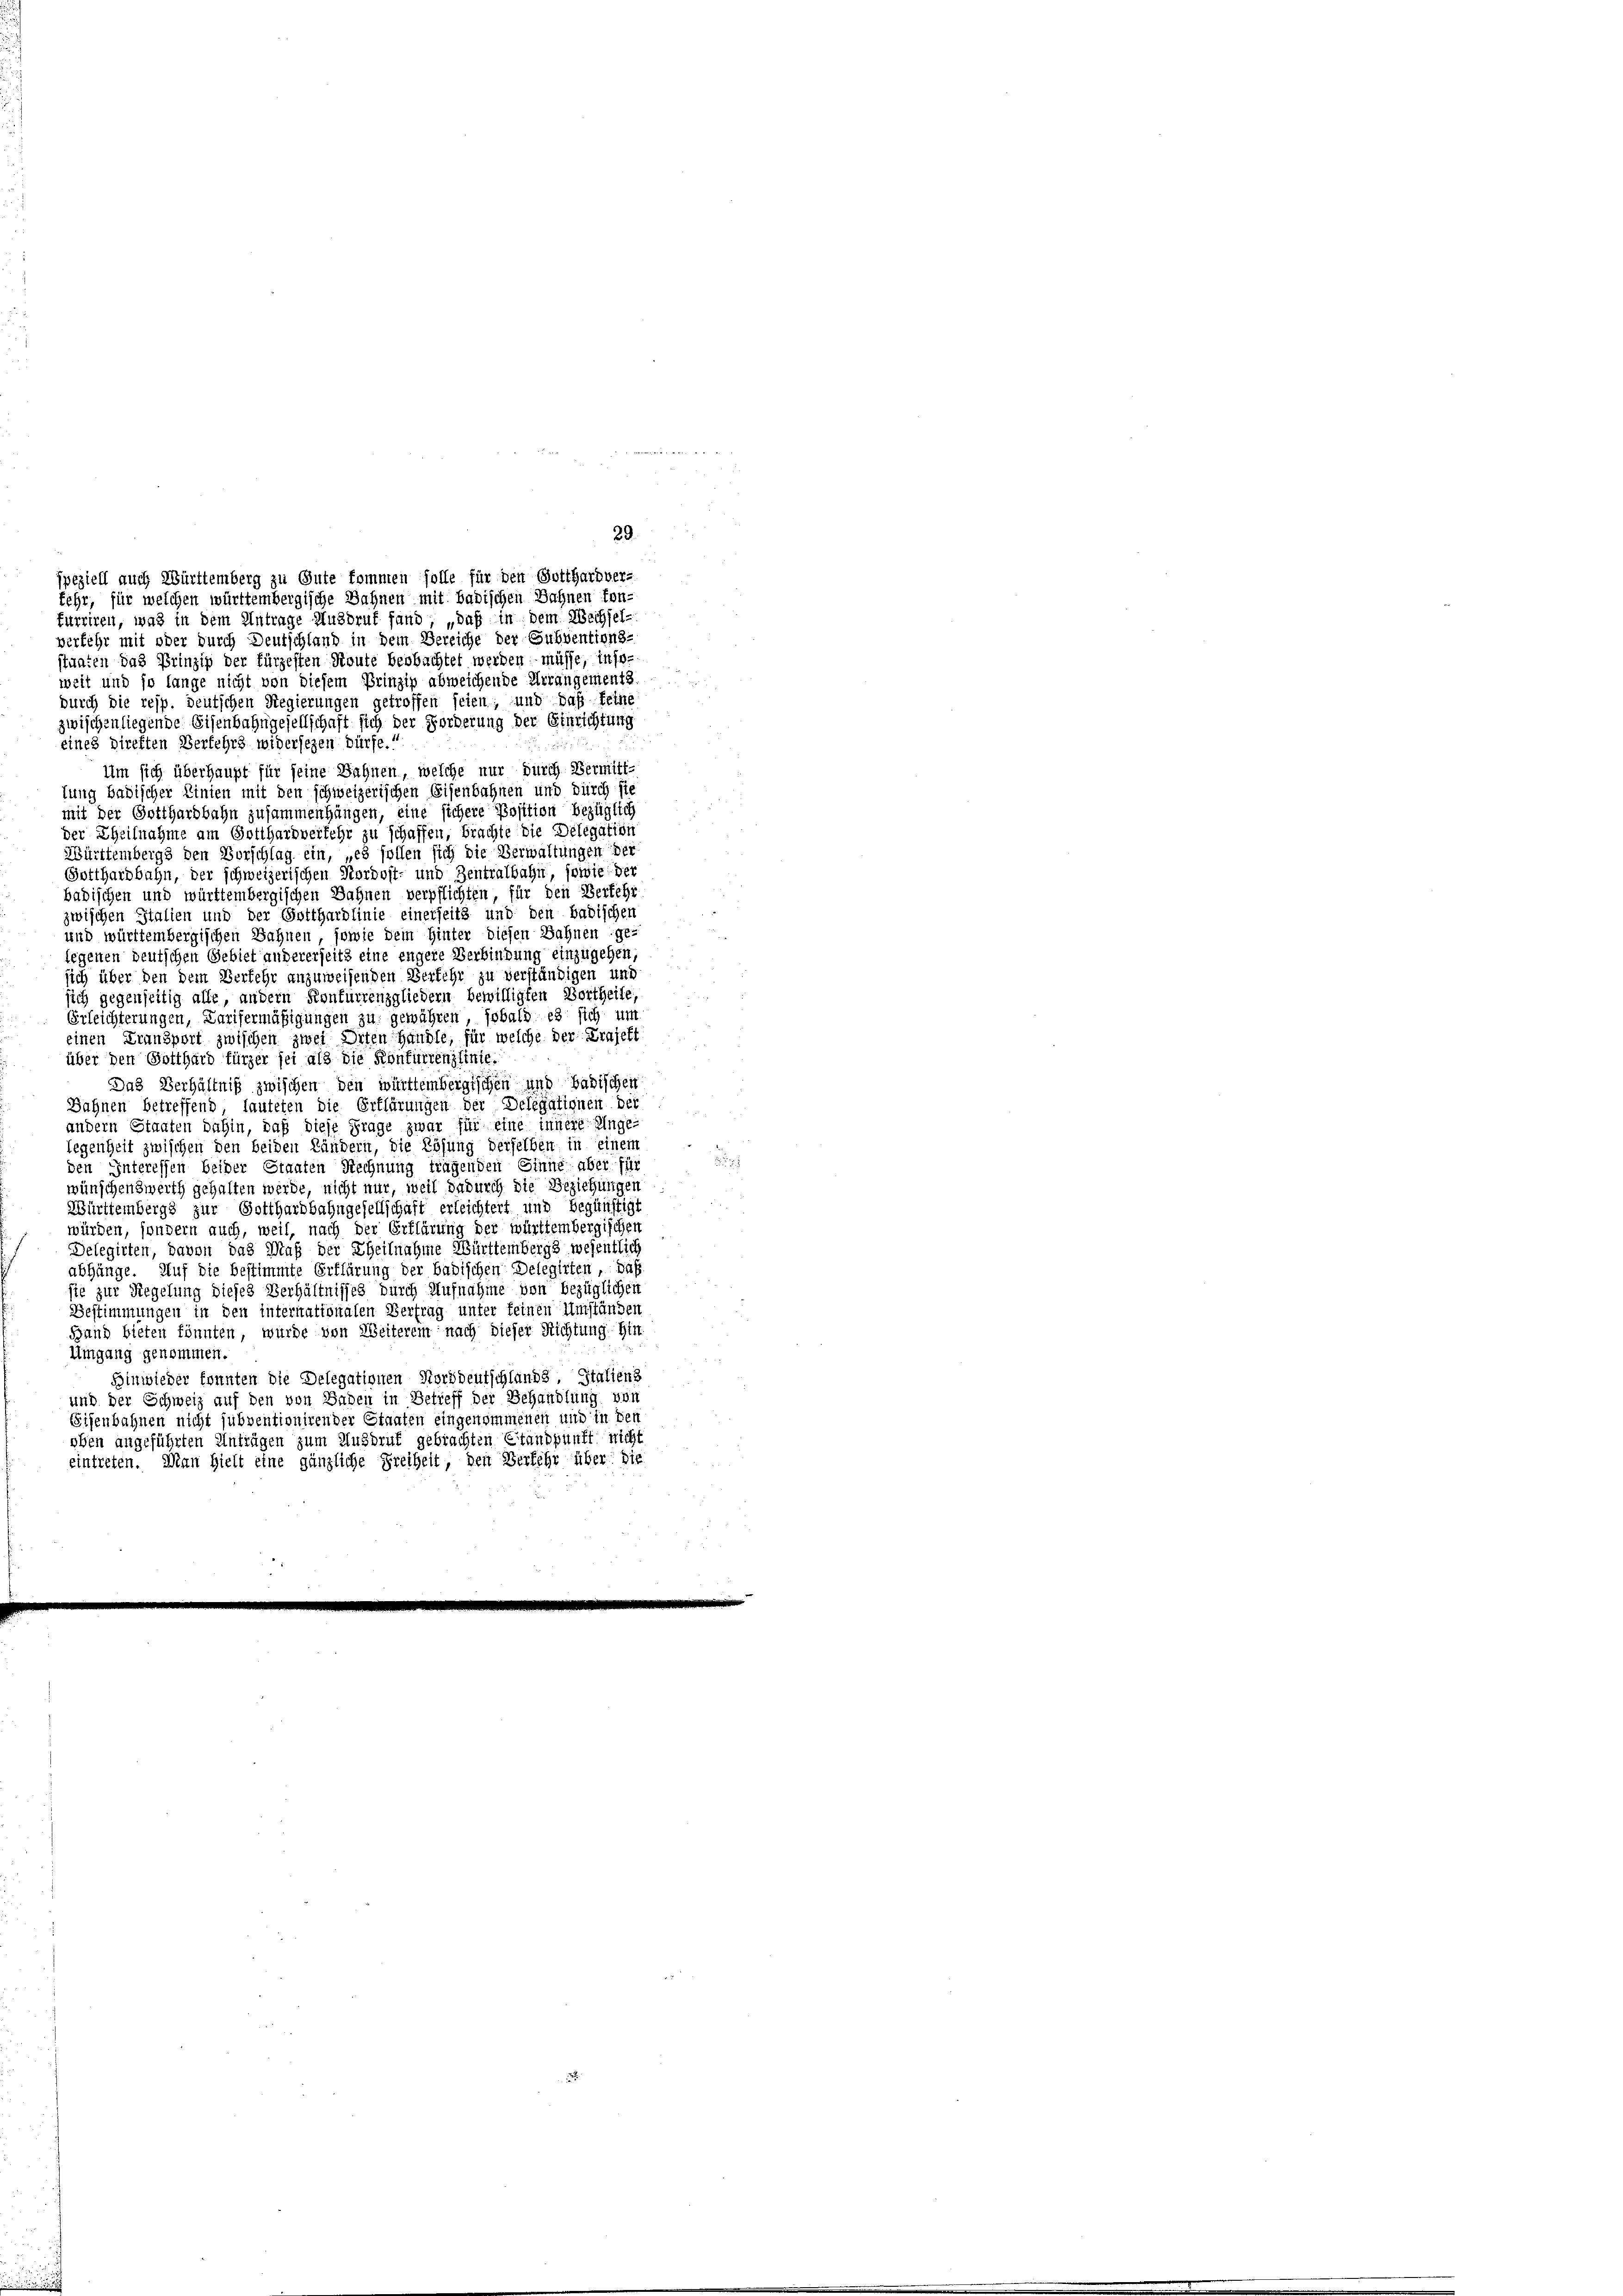
furriren, was in dem Antrage Ausbruf fand „daß in dem Wechsel-
verfehr mit oder durch Deutschland in dem Bereiche der Subventions-
staaten das Prinzip der fürzesten Route beobachtet werden müsse, insoweit und so lange nicht von diesem Prinzip abweichende Arrangements.
durch die resp. deutschen Regierungen getroffen seien; und daß keine
zwischenliegende Eisenbahngesellschaft sich der Forderung der Einrichtung
eines Direkten Verfehrs widersezen dürfe.“
Um sich überhaupt für seine Bahnen, welche nur durch Vermitttung badischer Linien mit den schweizerischen Eisenbahnen und durch sie
mit der Gotthardbahn zusammenhängen, eine sichere Position bezüglich
der Theilnahme am Gotthardverkehr zu schaffen, brachte die Delegation
Württembergs den Vorschlag ein, „es sollen sich die Verwaltungen der
Gotthardbahn, der schweizerischen Nordost- und Zentralbahn, sowie der
badischen und württembergischen Bahnen verpflichten, für den Verkehr
zwischen Stalien und der Gotthardlinie einerseits und den badischen
und württembergischen Bahnen, sowie dem Hinter diesen Bahnen ge-
legenen deutschen Gebiet andererseits eine engere Verbindung einzugehen,
sich über den dem Verkehr anzuweisenden Verkehr zu verständigen und
sich gegenseitig alle, andern Konfurrenzgliedern bewilligten Vortheile,
Erleichterungen, Carisermäßigungen zu gewähren, sobald es sich um
einen Fransport zwischen zwei Orten Händle, für welche der Krajest
über den Gotthard fürzer sei als die Konkurrenzlinie.
Das Verhältniß zwischen den württembergischen und badischen
Sahnen betreffend, lauteten die Erklärungen der Delegalignen ber
andern Staaten dahin, daß diese Frage zwar für eine innere Unge-
legenheit zwischen den beiden Ländern, die Lösung derselben in einem
den Interessen beider Staaten Rechnung tragenden Sinne aber für
wünschenswerth gehalten werde, nicht nur, weil dadurch die Beziehungen
Württembergs zur Gotthardbahngesellschaft erleichtert und begünstigt
würden, sondern auch, weil, nach der Erklärung der württembergischen
Delegirten, davon das Maß der Theilnahme Württembergs wesentlich
abhänge. Auf die bestimmte Erklärung der badischen Delegirten, daß
sie zur Regelung dieses Verhältnisses durch Aufnahme von bezüglichen
Bestimmungen in den internationalen Vertrag unter keinen Umständen
Hand bieten könnten, wurde von Weiterein nach dieser Richtung: Hin
Umgang genommen.
Hinwieder konnten die Delegationen Norddeutschlands, Stalienz
und der Schweiz auf den von Baden in Betreff der Behandlung von
Sisenbahnen nicht subventionirender Staaten eingenommenen und in der
oben angeführten Anträgen zum Ausbruk gebrachten Standpunkt nicht
eintreten. Man hielt eine gänzliche Freiheit, den Verkehr über die

jpeziell auch Württemberg zu Gute kommen solle für den Gotthardver-
Fehr, für welchen württembergische Sahnen mit Badischen Bahnen fon-

29.